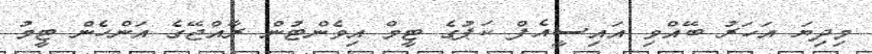
މިދިޔަ އަހަރު ބޭއްވި އައިސީއެފް ކަޕުގެ ޓީމް އިވެންޓުން ރާއްޖޭގެ އަންހެން ޓީމު